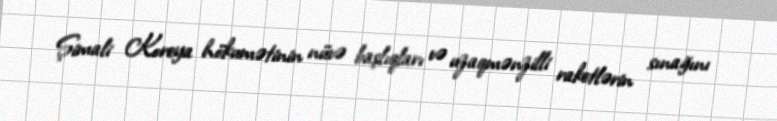
Şimali Koreya hökumətinin nüvə başlıqları və uzaqmənzilli raketlərin sınağını